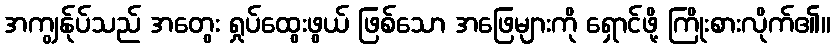
အကျွန်ုပ်သည် အတွေး ရှုပ်ထွေးဖွယ် ဖြစ်သော အဖြေများကို ရှောင်ဖို့ ကြိုးစားလိုက်၏။